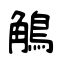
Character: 鵤